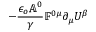
- \frac { \epsilon _ { o } \mathbb { A } ^ { 0 } } { \gamma } \mathbb { F } ^ { 0 \mu } \partial _ { \mu } U ^ { \beta }